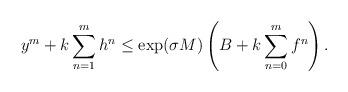
LaTeX: \begin{align*}y^m + k\sum_{n=1}^m h^n &\le \exp(\sigma M)\left( B+k\sum_{n=0}^m f^n\right).\end{align*}